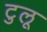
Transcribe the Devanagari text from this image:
टुलू